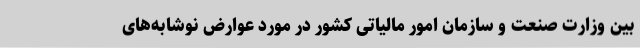
بین وزارت صنعت و سازمان امور مالیاتی کشور در مورد عوارض نوشابه‌های